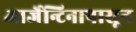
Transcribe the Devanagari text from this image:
आर्जेन्टिनापासून